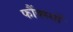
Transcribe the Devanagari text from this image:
फौंक्स्यों